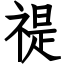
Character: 禔